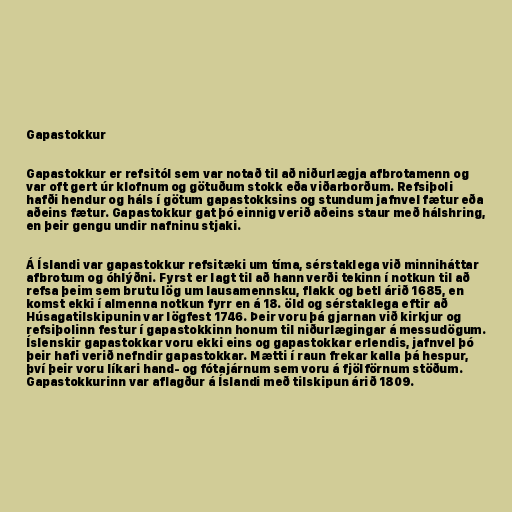
Gapastokkur

Gapastokkur er refsitól sem var notað til að niðurlægja afbrotamenn og
var oft gert úr klofnum og götuðum stokk eða viðarborðum. Refsiþoli
hafði hendur og háls í götum gapastokksins og stundum jafnvel fætur eða
aðeins fætur. Gapastokkur gat þó einnig verið aðeins staur með hálshring,
en þeir gengu undir nafninu stjaki.

Á Íslandi var gapastokkur refsitæki um tíma, sérstaklega við minniháttar
afbrotum og óhlýðni. Fyrst er lagt til að hann verði tekinn í notkun til að
refsa þeim sem brutu lög um lausamennsku, flakk og betl árið 1685, en
komst ekki í almenna notkun fyrr en á 18. öld og sérstaklega eftir að
Húsagatilskipunin var lögfest 1746. Þeir voru þá gjarnan við kirkjur og
refsiþolinn festur í gapastokkinn honum til niðurlægingar á messudögum.
Íslenskir gapastokkar voru ekki eins og gapastokkar erlendis, jafnvel þó
þeir hafi verið nefndir gapastokkar. Mætti í raun frekar kalla þá hespur,
því þeir voru líkari hand- og fótajárnum sem voru á fjölförnum stöðum.
Gapastokkurinn var aflagður á Íslandi með tilskipun árið 1809.